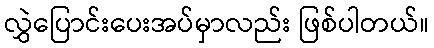
လွှဲပြောင်းပေးအပ်မှာလည်း ဖြစ်ပါတယ်။